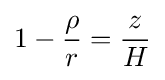
1-{\rho  \over r}={z \over H}